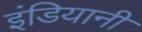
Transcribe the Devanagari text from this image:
इंडियानी